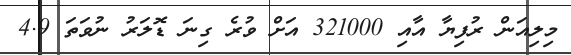
މިލިއަން ރުފިޔާ އާއި 321000 އަށް ވުރެ ގިނަ ޑޮލަރު ނުވަތަ 4.9